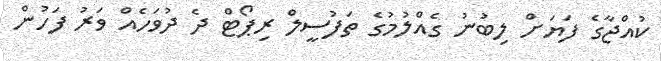
ކުއްޖާގެ ފަޔަށް ލިބުނު ގެއްލުމުގެ ތަފުސީލް ރިޕޯޓް ދެ ދުވަހެއް ވަރު ފަހުން